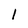
Character: l